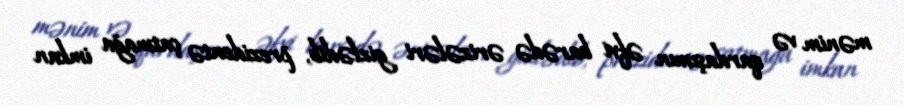
mənim və qardaşımın əfvi barədə ərizələri gizlədib, prezidentə çatmağa imkan